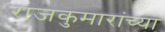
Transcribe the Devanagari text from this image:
राजकुमारांच्या